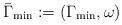
LaTeX: \begin{align*}\bar{\Gamma}_{\min} := (\Gamma_{\min} , \omega)\end{align*}